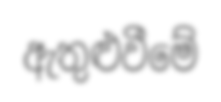
ඇතුළුවීමේ